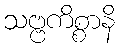
သဗ္ဗကိစ္စာနိ